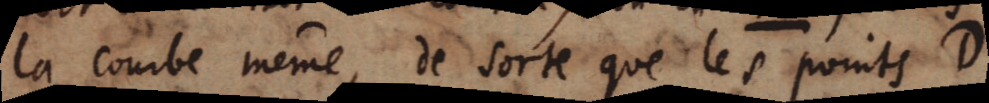
la courbe même, de sorte que les points D